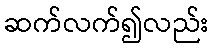
ဆက်လက်၍လည်း